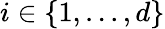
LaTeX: i\in\{ 1,...,d\}